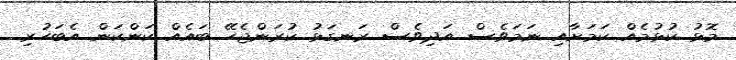
މޮޅު ކުޅުމެއް ކަމަށާއި ނަމަވެސް އަދިވެސް ރަނގަޅު ކުރަންޖެހޭ ބައެއް ކަންކަން އެބަހުރި